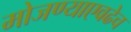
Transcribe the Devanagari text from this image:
मोजण्याएवढेच